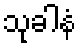
သုခါနံ